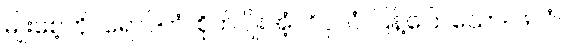
မျိုးစေ့ကို။ ရောပိတံ၊ စိုက်ပျိုးအံ့။ ဝိပုလံ၊ ပြန့်ပြောသော။ ဖလံ၊